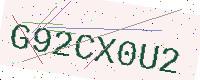
Text: G92CX0U2